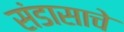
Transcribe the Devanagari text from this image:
संडासाचे